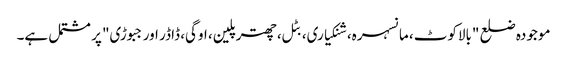
موجودہ ضلع "بالاکوٹ، مانسہرہ، شنکیاری، بٹل، چھترپلین، اوگی، ڈاڈر اور جبوڑی" پر مشتمل ہے۔